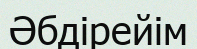
Әбдірейім